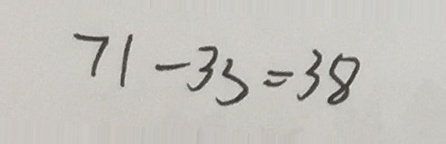
7 1 - 3 3 = 3 8